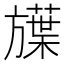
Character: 𬀗